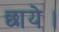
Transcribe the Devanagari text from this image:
छाये।